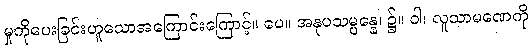
မှုကိုပေးခြင်းဟူသောအကြောင်းကြောင့်။ ပေ။ အနုပသမ္ပန္နေ၊ ၌။ ဝါ၊ လူသာမဏေကို